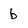
Character: b